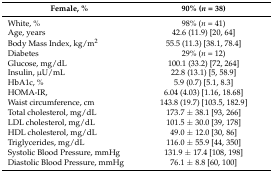
| Female, % | 90% (n = 38) |
 | --- | --- |
 | White, % | 98% (n = 41) |
 | Age, years | 42.6 (11.9) [20, 64] |
 | Body Mass Index, kg/m2 | 55.5 (11.3) [38.1, 78.4] |
 | Diabetes | 29% (n = 12) |
 | Glucose, mg/dL | 100.1 (33.2) [72, 264] |
 | Insulin, μU/mL | 22.8 (13.1) [5, 58.9] |
 | HbA1c, % | 5.9 (0.7) [5.1, 8.3] |
 | HOMA-IR, | 6.04 (4.03) [1.16, 18.68] |
 | Waist circumference, cm | 143.8 (19.7) [103.5, 182.9] |
 | Total cholesterol, mg/dL | 173.7 ± 38.1 [93, 266] |
 | LDL cholesterol, mg/dL | 101.5 ± 30.0 [39, 178] |
 | HDL cholesterol, mg/dL | 49.0 ± 12.0 [30, 86] |
 | Triglycerides, mg/dL | 116.0 ± 55.9 [44, 350] |
 | Systolic Blood Pressure, mmHg | 131.9 ± 17.4 [108, 198] |
 | Diastolic Blood Pressure, mmHg | 76.1 ± 8.8 [60, 100] |